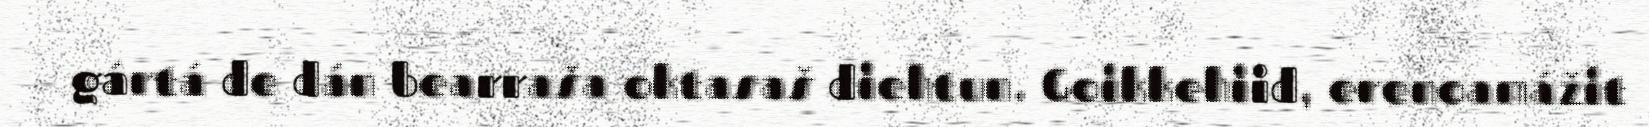
gártá de dán bearraša oktasaš diehtun. Goikkehiid, erenoamážit